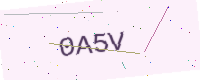
Text: 0A5V